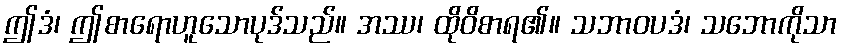
ဤဒံ၊ ဤစာရောဟူသောပုဒ်သည်။ အဿ၊ ထိုဝိစာရ၏။ သဘာဝပဒံ၊ သဘောကိုသာ